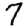
Digit: 7